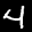
Label: 4